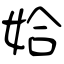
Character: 姶